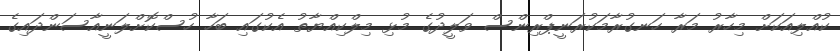
ކުއްލިއަކަށް މިހާރު މަރާ ހަނގުރާމަކުރަނީޕްރިންސް ވަލީދުގެ މުޅި މިލްކިއްޔާތު އެކުގައި ބަހާ ހުސްކޮށްލަނީއާސަންދައިގެ